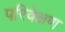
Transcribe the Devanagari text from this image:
परिवेक्षण